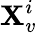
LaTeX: \mathbf{X}_{v}^{i}